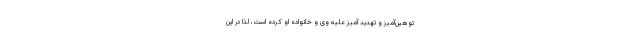
توهین‌آمیز و تهدید آمیز علیه وی و خانواده او کرده است، لذا در این